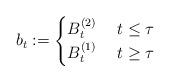
LaTeX: \begin{align*}b_t := \begin{cases} B_t^{(2)} & \; t\le \tau \\ B_t^{(1)} & \; t\ge \tau \end{cases}\end{align*}